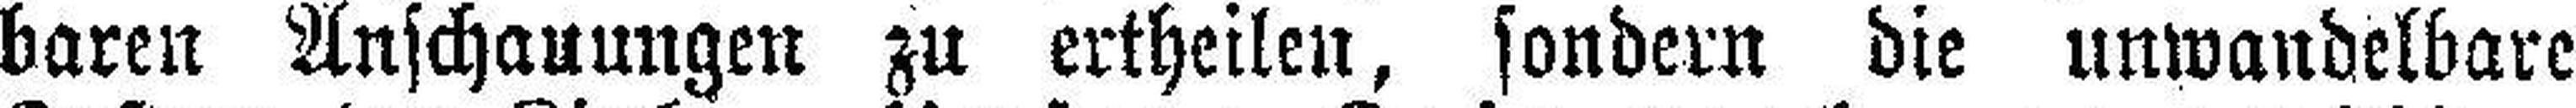
baren Anschauungen zu ertheilen, sondern die unwandelbare